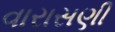
વારાસણી